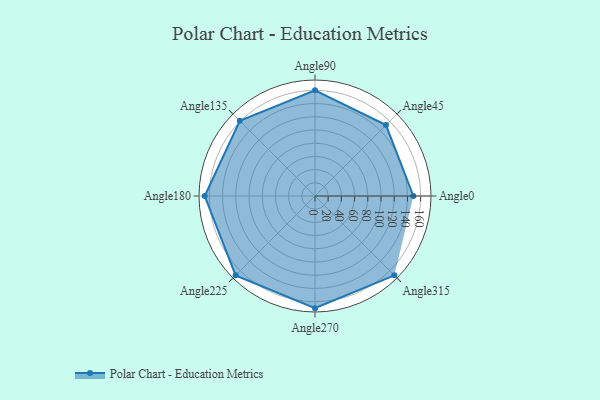
{"axis": {"x": "Angle", "y": "Radius"}, "legend": [""], "data": [{"x": "Angle0", "y": 149.0, "type": ""}, {"x": "Angle45", "y": 152.0, "type": ""}, {"x": "Angle90", "y": 160.0, "type": ""}, {"x": "Angle135", "y": 161.0, "type": ""}, {"x": "Angle180", "y": 167.0, "type": ""}, {"x": "Angle225", "y": 170, "type": ""}, {"x": "Angle270", "y": 170, "type": ""}, {"x": "Angle315", "y": 170, "type": ""}]}